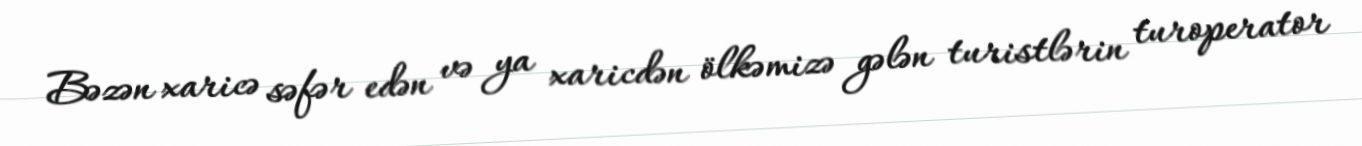
Bəzən xaricə səfər edən və ya xaricdən ölkəmizə gələn turistlərin turoperator